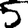
Digit: 5